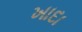
ખાદા